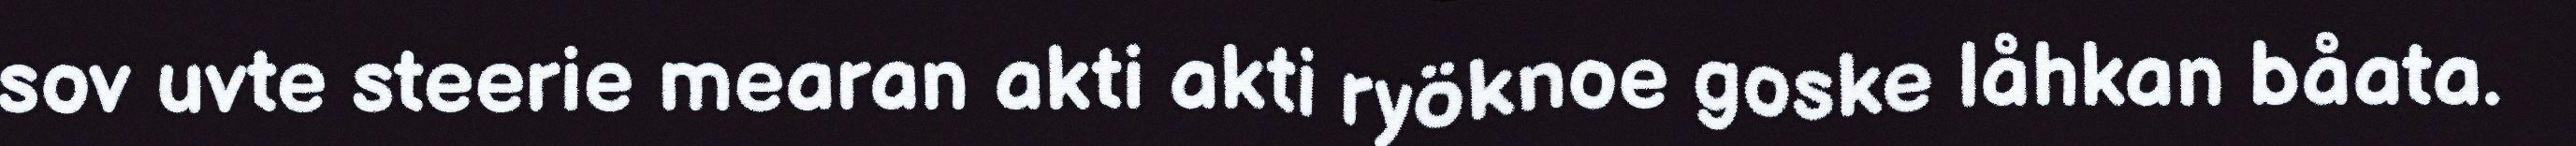
sov uvte steerie mearan akti akti ryöknoe goske låhkan båata.